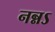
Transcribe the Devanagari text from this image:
नन्नऽ